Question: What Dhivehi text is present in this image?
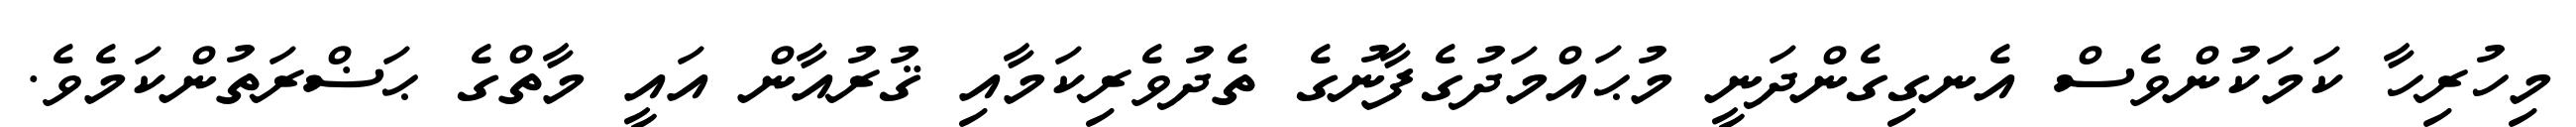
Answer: މިހުރިހާ ކަމަކުންވެސް އެނގިގެންދަނީ މުޙައްމަދުގެފާނުގެ ތެދުވެރިކަމާއި ޤުރުއާން އައީ މާތްގެ ޙަޟްރަތުންކަމެވެ.